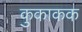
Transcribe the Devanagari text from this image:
कुकाकक